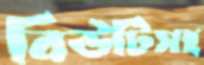
বিউটিসহ